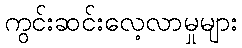
ကွင်းဆင်းလေ့လာမှုများ